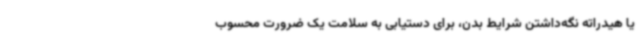
یا هیدراته نگه‌داشتن شرایط بدن، برای دستیابی به سلامت یک ضرورت محسوب